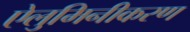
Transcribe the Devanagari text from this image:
ऐलुमिनीकरण